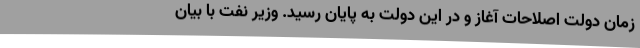
زمان دولت اصلاحات آغاز و در این دولت به پایان رسید. وزیر نفت با بیان